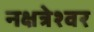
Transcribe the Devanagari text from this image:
नक्षत्रेश्वर